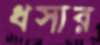
ধসার